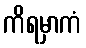
ကိရမှာကံ